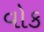
વોક